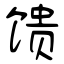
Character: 馈